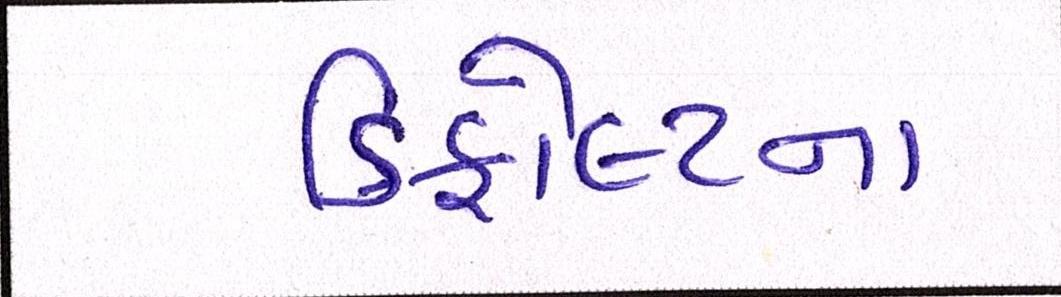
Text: ડિફોલ્ટના